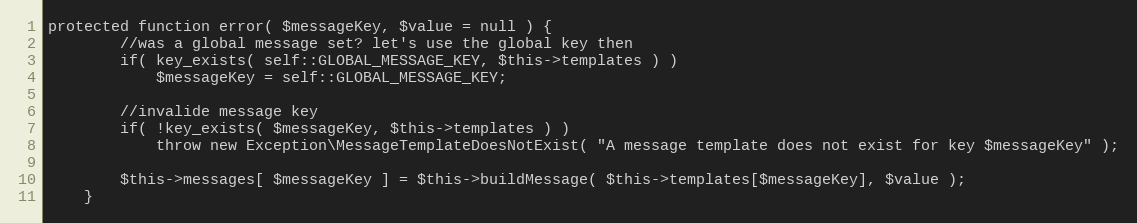
Language: PHP
protected function error( $messageKey, $value = null ) {
        //was a global message set? let's use the global key then
        if( key_exists( self::GLOBAL_MESSAGE_KEY, $this->templates ) )
            $messageKey = self::GLOBAL_MESSAGE_KEY;

        //invalide message key
        if( !key_exists( $messageKey, $this->templates ) )
            throw new Exception\MessageTemplateDoesNotExist( "A message template does not exist for key $messageKey" );

        $this->messages[ $messageKey ] = $this->buildMessage( $this->templates[$messageKey], $value );
    }